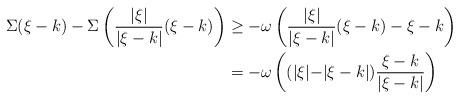
LaTeX: \begin{align*}\Sigma(\xi-k)-\Sigma\left( \frac{\lvert \xi\lvert }{\lvert \xi-k\lvert} (\xi-k) \right)&\geq -\omega\left( \frac{\lvert \xi\lvert }{\lvert \xi-k\lvert} (\xi-k)-\xi-k \right)\\&=-\omega\left( (\lvert \xi\lvert-\lvert \xi-k\lvert)\frac{\xi-k}{\lvert \xi-k\lvert} \right)\end{align*}